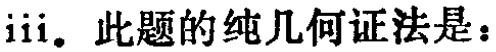
iii. 此题的纯几何证法是：